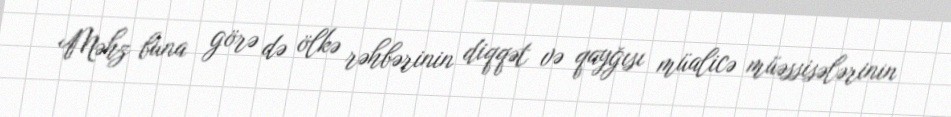
Məhz buna görə də ölkə rəhbərinin diqqət və qayğısı müalicə müəssisələrinin